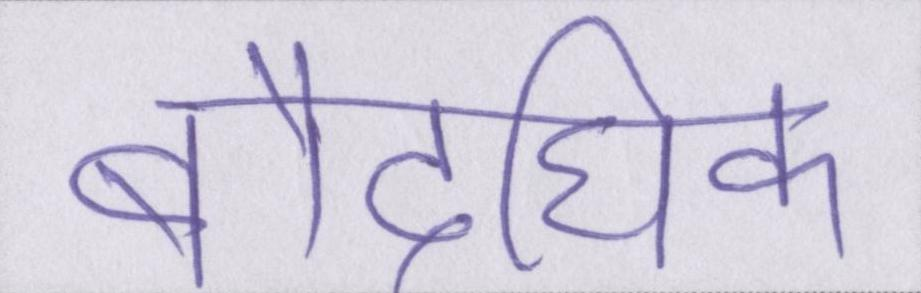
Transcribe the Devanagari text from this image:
बौद्घिक